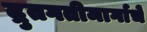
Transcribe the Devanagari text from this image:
द्रुतगतीमार्गाचे